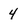
Character: 4